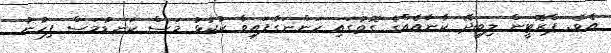
އެވެ. ޕްރޮޓީން ލިބިދޭ ކާނާއެއްގެ ގޮތުގައި ހަންނަގާފައިވާ ކުކުޅު މަސް ކަނޑުމަސް ފިހުނު